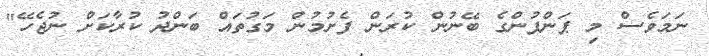
ނަމަވެސް މި ޕަންޕުންގެ ބޭނުން ކުރަން ފެށުމުން މަގުތައް ބަންދު ކުރާކަށް ނުޖެހޭ"